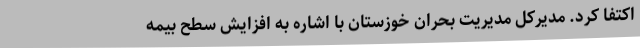
اکتفا کرد. مدیرکل مدیریت بحران خوزستان با اشاره به افزایش سطح بیمه